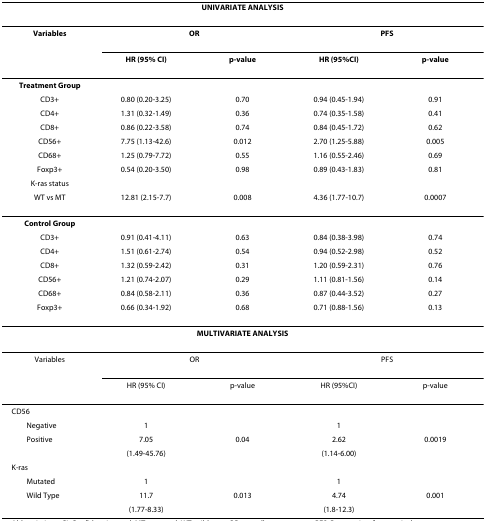
<table><thead><tr><td colspan="5"><b>UNIVARIATE ANALYSIS</b></td></tr></thead><tbody><tr><td><b>Variables</b></td><td colspan="2"><b>OR</b></td><td colspan="2"><b>PFS</b></td></tr><tr><td></td><td><b>HR (95% CI)</b></td><td><b>p-value</b></td><td><b>HR (95%CI)</b></td><td><b>p-value</b></td></tr><tr><td><b>Treatment Group</b></td><td></td><td></td><td></td><td></td></tr><tr><td>CD3+</td><td>0.80 (0.20-3.25)</td><td>0.70</td><td>0.94 (0.45-1.94)</td><td>0.91</td></tr><tr><td>CD4+</td><td>1.31 (0.32-1.49)</td><td>0.36</td><td>0.74 (0.35-1.58)</td><td>0.41</td></tr><tr><td>CD8+</td><td>0.86 (0.22-3.58)</td><td>0.74</td><td>0.84 (0.45-1.72)</td><td>0.62</td></tr><tr><td>CD56+</td><td>7.75 (1.13-42.6)</td><td>0.012</td><td>2.70 (1.25-5.88)</td><td>0.005</td></tr><tr><td>CD68+</td><td>1.25 (0.79-7.72)</td><td>0.55</td><td>1.16 (0.55-2.46)</td><td>0.69</td></tr><tr><td>Foxp3+</td><td>0.54 (0.20-3.50)</td><td>0.98</td><td>0.89 (0.43-1.83)</td><td>0.81</td></tr><tr><td>K-ras status</td><td></td><td></td><td></td><td></td></tr><tr><td>WT vs MT</td><td>12.81 (2.15-7.7)</td><td>0.008</td><td>4.36 (1.77-10.7)</td><td>0.0007</td></tr><tr><td><b>Control Group</b></td><td></td><td></td><td></td><td></td></tr><tr><td>CD3+</td><td>0.91 (0.41-4.11)</td><td>0.63</td><td>0.84 (0.38-3.98)</td><td>0.74</td></tr><tr><td>CD4+</td><td>1.51 (0.61-2.74)</td><td>0.54</td><td>0.94 (0.52-2.98)</td><td>0.52</td></tr><tr><td>CD8+</td><td>1.32 (0.59-2.42)</td><td>0.31</td><td>1.20 (0.59-2.31)</td><td>0.76</td></tr><tr><td>CD56+</td><td>1.21 (0.74-2.07)</td><td>0.29</td><td>1.11 (0.81-1.56)</td><td>0.14</td></tr><tr><td>CD68+</td><td>0.84 (0.58-2.11)</td><td>0.36</td><td>0.87 (0.44-3.52)</td><td>0.27</td></tr><tr><td>Foxp3+</td><td>0.66 (0.34-1.92)</td><td>0.68</td><td>0.71 (0.88-1.56)</td><td>0.13</td></tr><tr><td colspan="5"><b>MULTIVARIATE ANALYSIS</b></td></tr><tr><td>Variables</td><td colspan="2">OR</td><td colspan="2">PFS</td></tr><tr><td></td><td>HR (95% CI)</td><td>p-value</td><td>HR (95%CI)</td><td>p-value</td></tr><tr><td>CD56</td><td></td><td></td><td></td><td></td></tr><tr><td> Negative</td><td>1</td><td></td><td>1</td><td></td></tr><tr><td> Positive</td><td>7.05</td><td>0.04</td><td>2.62</td><td>0.0019</td></tr><tr><td></td><td>(1.49-45.76)</td><td></td><td>(1.14-6.00)</td><td></td></tr><tr><td>K-ras</td><td></td><td></td><td></td><td></td></tr><tr><td> Mutated</td><td>1</td><td></td><td>1</td><td></td></tr><tr><td> Wild Type</td><td>11.7</td><td>0.013</td><td>4.74</td><td>0.001</td></tr><tr><td></td><td>(1.77-8.33)</td><td></td><td>(1.8-12.3)</td><td></td></tr></tbody></table>